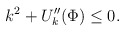
\begin{align*}k^2+U_k^{\prime\prime}(\Phi)\le0.\end{align*}